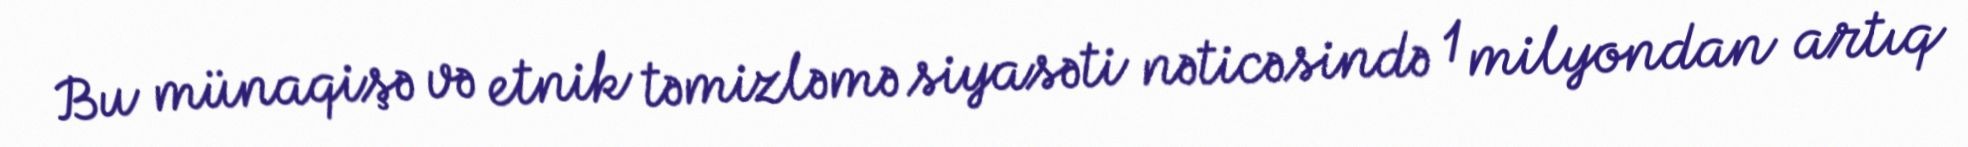
Bu münaqişə və etnik təmizləmə siyasəti nəticəsində 1 milyondan artıq